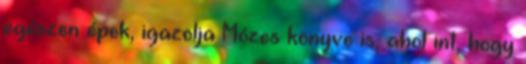
egészen épek, igazolja Mózes könyve is, ahol int, hogy